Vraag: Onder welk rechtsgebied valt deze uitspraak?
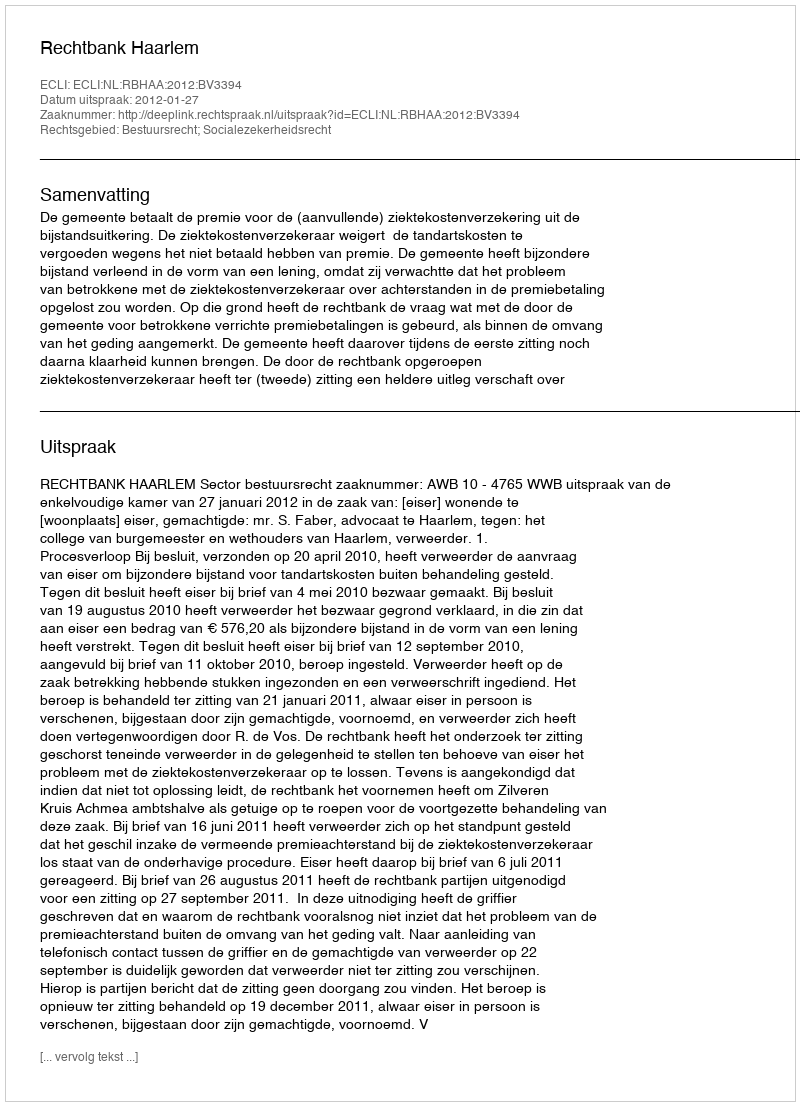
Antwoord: Bestuursrecht; Socialezekerheidsrecht